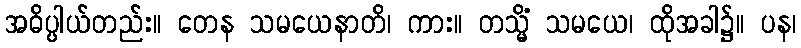
အဓိပ္ပါယ်တည်း။ တေန သမယေနာတိ၊ ကား။ တသ္မိံ သမယေ၊ ထိုအခါ၌။ ပန၊